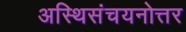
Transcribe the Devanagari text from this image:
अस्थिसंचयनोत्तर